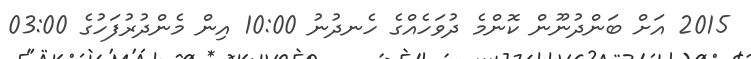
2015 އަށް ބަންދުނޫން ކޮންމެ ދުވަހެއްގެ ހެނދުނު 10:00 އިން މެންދުރުފަހުގެ 03:00